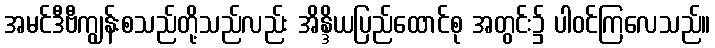
အမင်ဒီဗီကျွန်းစသည်တို့သည်လည်း အိန္ဒိယပြည်ထောင်စု အတွင်း၌ ပါဝင်ကြလေသည်။